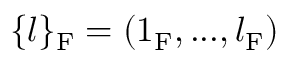
\{ l \} _ { \mathrm { F } } = ( 1 _ { \mathrm { F } } , . . . , l _ { \mathrm { F } } )